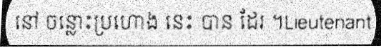
នៅ ចន្លោះប្រហោង នេះ បាន ដែរ ។Lieutenant